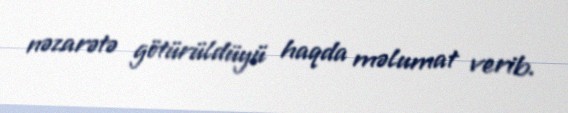
nəzarətə götürüldüyü haqda məlumat verib.